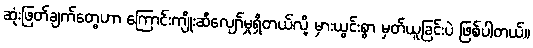
ဆုံးဖြတ်ချက်တွေဟာ ကြောင်းကျိုးဆီလျော်မှုရှိတယ်လို့ မှားယွင်းစွာ မှတ်ယူခြင်းပဲ ဖြစ်ပါတယ်။